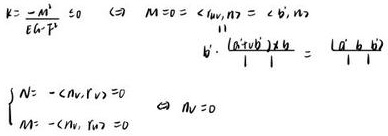
\[
\begin{align*}
k&=\frac{-A'}{\sum h\cdot P}\leq 0\quad (2)\quad M_0=\langle h v, n\rangle=\langle b', n\rangle\\
b'\cdot\frac{(a + v b)\times b}{|(a + v b)\times b|}&=\langle a - b\rangle\\
\left\{
\begin{array}{l}
N=-\langle N v, \Gamma v\rangle = 0\\
M=-\langle M v, \Gamma v\rangle = 0
\end{array}
\right.
&\Leftrightarrow N v = 0
\end{align*}
\]